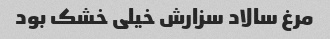
مرغ سالاد سزارش خیلی خشک بود